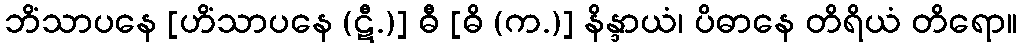
ဘိံသာပနေ [ဟိံသာပနေ (ဋီ.)] ဓီ [ဓိ (က.)] နိန္ဒာယံ၊ ပိဓာနေ တိရိယံ တိရော။